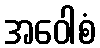
အဝေါစံ